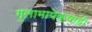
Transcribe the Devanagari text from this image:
गुलामापेक्षाही